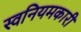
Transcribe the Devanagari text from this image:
स्वनियमकारी